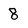
Character: 8